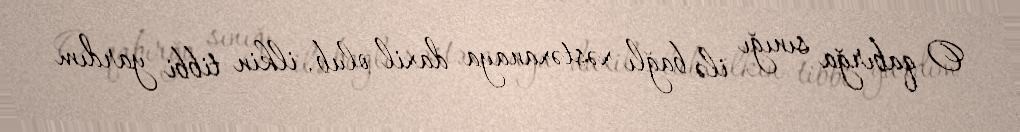
O qabırğa sınığı ilə bağlı xəstəxanaya daxil olub, ilkin tibbi yardım